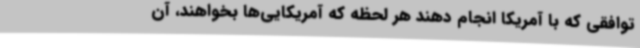
توافقی که با آمریکا انجام دهند هر لحظه که آمریکایی‌ها بخواهند، آن